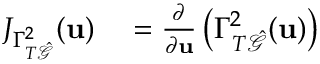
\begin{array} { r l } { J _ { \Gamma _ { T \hat { \mathcal { G } } } ^ { 2 } } ( \mathbf { u } ) } & { { } = \frac { \partial } { \partial \mathbf { u } } \left( \Gamma _ { T \hat { \mathcal { G } } } ^ { 2 } ( \mathbf { u } ) \right) } \end{array}